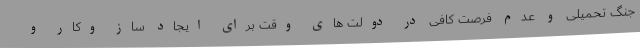
جنگ تحمیلی و عدم فرصت کافی در دولت های وقت برای ایجاد ساز وکار و